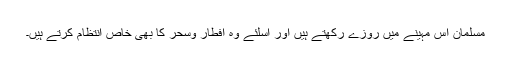
مسلمان اس مہینے میں روزے رکھتے ہیں اور اسلئے وہ افطار وسحر کا بھی خاص انتظام کرتے ہیں۔